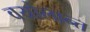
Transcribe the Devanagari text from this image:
वयोलान्त